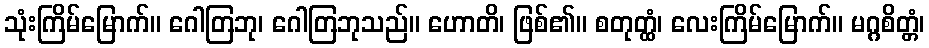
သုံးကြိမ်မြောက်။ ဂေါတြဘု၊ ဂေါတြဘုသည်။ ဟောတိ၊ ဖြစ်၏။ စတုတ္ထံ၊ လေးကြိမ်မြောက်။ မဂ္ဂစိတ္တံ၊